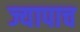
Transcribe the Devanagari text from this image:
ज्यापाच